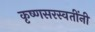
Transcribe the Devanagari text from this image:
कृष्णसरस्वतींनी